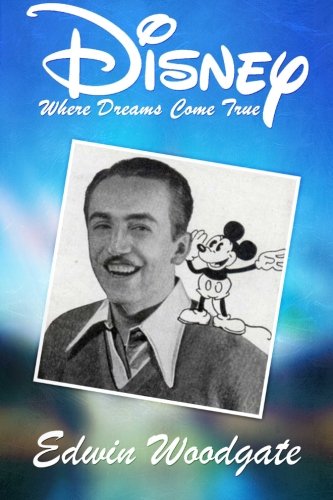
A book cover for Disney; Edwin Woodgate; Biographies & Memoirs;